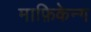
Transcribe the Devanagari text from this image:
माफ़िकेन्ग